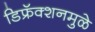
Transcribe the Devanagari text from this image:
डिफ्रॅक्शनमुळे